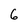
Character: 6